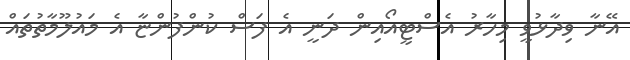
އޭނާ ވިދާޅުވީ މިހާރު އެސްޓީއޯއިން ދަނީ އެ ފަސް ކުންފުންޏާ އެ މައުލޫމާތުތައް